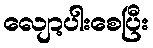
လျော့ပါးစေပြီး